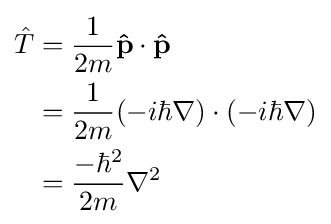
{\begin{aligned}{\hat {T}}&={\frac {1}{2m}}\mathbf {\hat {p}} \cdot \mathbf {\hat {p}} \\&={\frac {1}{2m}}(-i\hbar \nabla )\cdot (-i\hbar \nabla )\\&={\frac {-\hbar ^{2}}{2m}}\nabla ^{2}\end{aligned}}\,\!